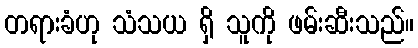
တရားခံဟု သံသယ ရှိ သူကို ဖမ်းဆီးသည်။